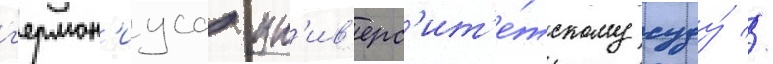
г'ермон'иуса ун'ив'ерс'ит'е́тскому суду́ //